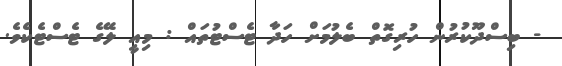
- ބިސްދޫކުރުން ހުރިގޮތް ބެލުމަށް ހަދާ ޓެސްޓުތައް : މިއީ ލޭގެ ޓެސްޓެކެވެ.